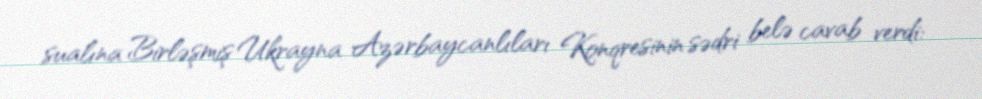
sualına Birləşmiş Ukrayna Azərbaycanlıları Konqresinin sədri belə cavab verdi: